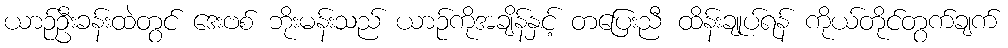
ယာဉ်ဦးခန်းထဲတွင် ဒေးဗစ် ဘိုးမန်းသည် ယာဉ်ကိုအချိန်နှင့် တပြေးညီ ထိန်းချုပ်ရန် ကိုယ်တိုင်တွက်ချက်